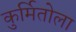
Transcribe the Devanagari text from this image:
कुर्मितोला